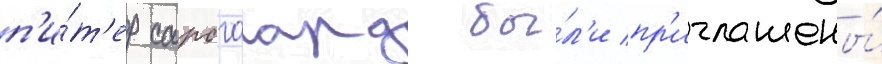
п'и́т'ер сарсгаард бы́л'и пр'иглашены́